Enquiry on enteric fever in India - Number 32
Disease focus: Fever
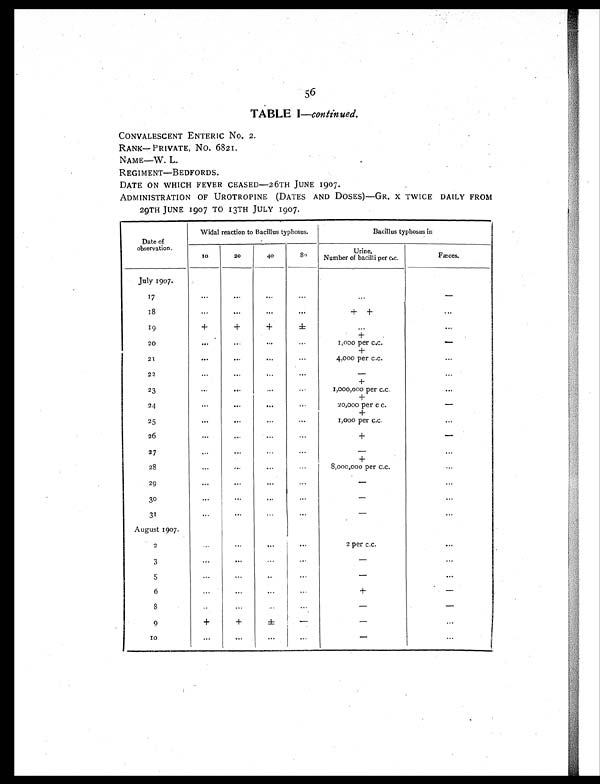
56
TABLE I—continued.
CONVALESCENT ENTERIC No. 2.
RANK—PRIVATE, No. 6821.
NAME—W. L.
REGIMENT—BEDFORDS.
DATE ON WHICH FEVER CEASED—26TH JUNE 1907.
ADMINISTRATION OF UROTROPINE (DATES AND DOSES)—GR. X TWICE DAILY FROM
29TH JUNE 1907 TO 13TH JULY 1907.
Date of
observation.
Widal reaction to Bacillus typhosus.
Bacillus typhosus in
10
20
40
80
Urine.
Number of bacilli per c.c.
Fæces.
July 1907.
17
. . .
...
...
. . .
...
-
18
...
...
...
. . .
+ +
. . .
19
+
+
+
± ...
. . .
+
20
...
...
...
...
1,000 per c.c.
-
+
21
...
. . .
...
...
4,000 per c.c.
...
22
...
...
...
. . .
-
...
+
23
...
. . .
. . .
. . .
1,000,000 per c.c.
. . .
+
24
. . .
. . .
. . .
. . .
2 0 , 0 0 0 p e r c c . -
+
25
. . .
...
. . .
. . .
1,000 per c.c.
. . .
26
. . .
. . .
. . .
. . .
+
-
27
. . .
. . .
. . .
...
-
...
+
28
...
...
. . .
. . .
8,000,000 per c.c.
...
29
. . .
...
...
...
-
...
30
. . .
. . .
. . .
. . .
-
. . .
31
. . .
. . .
...
...
-
. . .
August 1907.
2
...
. . .
...
. . .
2 per c.c.
...
3
...
...
. . .
...
-
...
5
...
...
. . .
...
-
...
6
. . .
...
...
. . .
+
-
8
...
. . .
...
. . .
- -
9
+
+
±
-
-
. . .
1 0
...
...
. . .
...
-
. . .